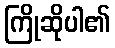
ကြိုဆိုပါ၏